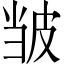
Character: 𫵃